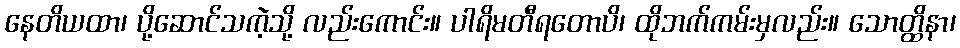
နေတိယထာ၊ ပို့ဆောင်သကဲ့သို့ လည်းကောင်း။ ပါရိမတီရတောပိ၊ ထိုဘက်ကမ်းမှလည်း။ သောတ္ထိနာ၊